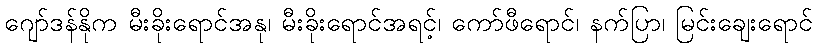
ဂျော်ဒန်နိုက မီးခိုးရောင်အနု၊ မီးခိုးရောင်အရင့်၊ ကော်ဖီရောင်၊ နက်ပြာ၊ မြင်းချေးရောင်